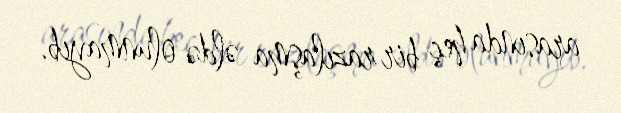
arasında heç bir razılaşma əldə olunmayıb.